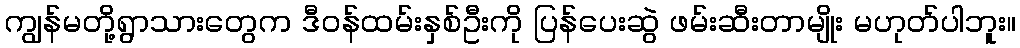
ကျွန်မတို့ရွာသားတွေက ဒီဝန်ထမ်းနှစ်ဦးကို ပြန်ပေးဆွဲ ဖမ်းဆီးတာမျိုး မဟုတ်ပါဘူး။